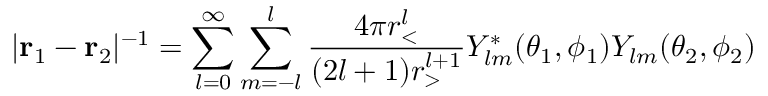
| { \bf r } _ { 1 } - { \bf r } _ { 2 } | ^ { - 1 } = \sum _ { l = 0 } ^ { \infty } \sum _ { m = - l } ^ { l } \frac { 4 \pi r _ { < } ^ { l } } { ( 2 l + 1 ) r _ { > } ^ { l + 1 } } Y _ { l m } ^ { \ast } ( \theta _ { 1 } , \phi _ { 1 } ) Y _ { l m } ( \theta _ { 2 } , \phi _ { 2 } )